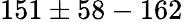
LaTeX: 151\pm 58-162